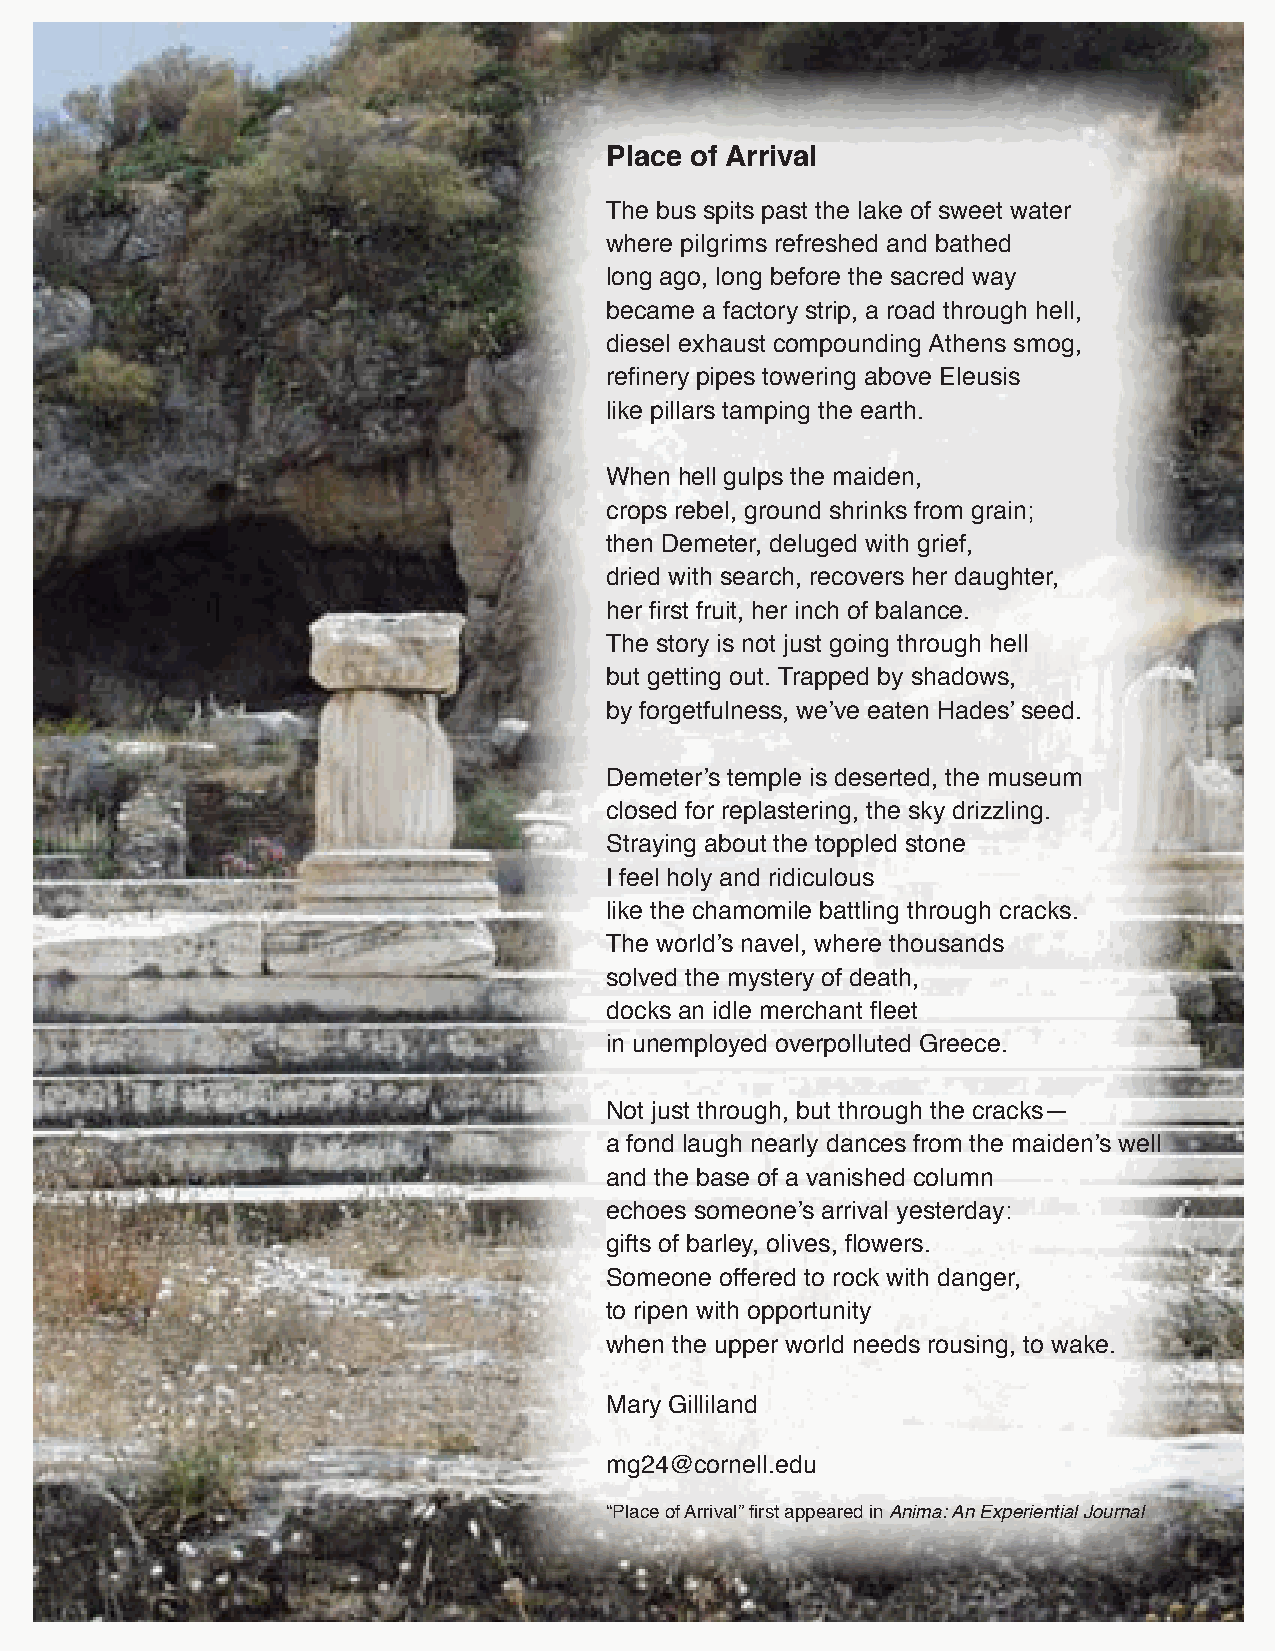
Metaphysical Times                                  Vol. XI Number 3 • Page 9
 Place of Arrival
 The bus spits past the lake of sweet water
 where pilgrims refreshed and bathed
 long ago, long before the sacred way
 became a factory strip, a road through hell,
 diesel exhaust compounding Athens smog,
 refinery pipes towering above Eleusis
 like pillars tamping the earth.
 When hell gulps the maiden,
 crops rebel, ground shrinks from grain;
 then Demeter, deluged with grief,
 dried with search, recovers her daughter,
 her first fruit, her inch of balance.
 The story is not just going through hell
 but getting out. Trapped by shadows,
 by forgetfulness, we’ve eaten Hades’ seed.
 Demeter’s temple is deserted, the museum
 closed for replastering, the sky drizzling.
 Straying about the toppled stone
 I feel holy and ridiculous
 like the chamomile battling through cracks.
 The world’s navel, where thousands
 solved the mystery of death,
 docks an idle merchant fleet
 in unemployed overpolluted Greece.
 Not just through, but through the cracks—
 a fond laugh nearly dances from the maiden’s well
 and the base of a vanished column
 echoes someone’s arrival yesterday:
 gifts of barley, olives, flowers.
 Someone offered to rock with danger,
 to ripen with opportunity
 when the upper world needs rousing, to wake.
 Mary Gilliland
 mg24@cornell.edu
 “Place of Arrival” first appeared in Anima: An Experiential Journal